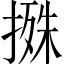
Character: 𢲬